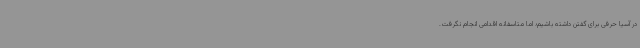
در آسیا حرفی برای گفتن داشته باشیم؛ اما متاسفانه اقدامی انجام نگرفت.